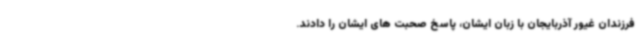
فرزندان غیور آذربایجان با زبان ایشان، پاسخ صحبت های ایشان را دادند.